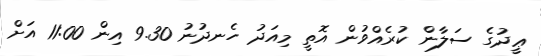
ޢީދުގެ ސަލާން ކުރެއްވުން އޮތީ މިއަދު ހެނދުނު 9.30 އިން 11:00 އަށް